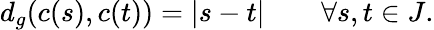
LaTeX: d_{g}(c(s),c(t))=|s-t|\qquad\forall s,t\in J.